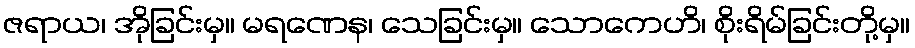
ဇရာယ၊ အိုခြင်းမှ။ မရဏေန၊ သေခြင်းမှ။ သောကေဟိ၊ စိုးရိမ်ခြင်းတို့မှ။